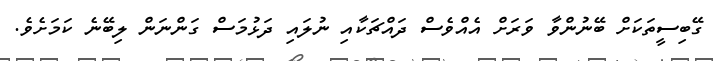
ގޭބިސީތަކަށް ބޭނުންވާ ވަރަށް އެއްވެސް ދައްޗަކާއި ނުލައި ދަޅުމަސް ގަންނަން ލިބޭނެ ކަމަށެވެ.